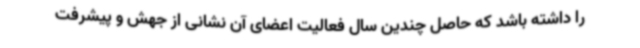
را داشته باشد که حاصل چندین سال فعالیت اعضای آن نشانی از جهش و پیشرفت